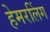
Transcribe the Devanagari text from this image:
हेमरलिंग